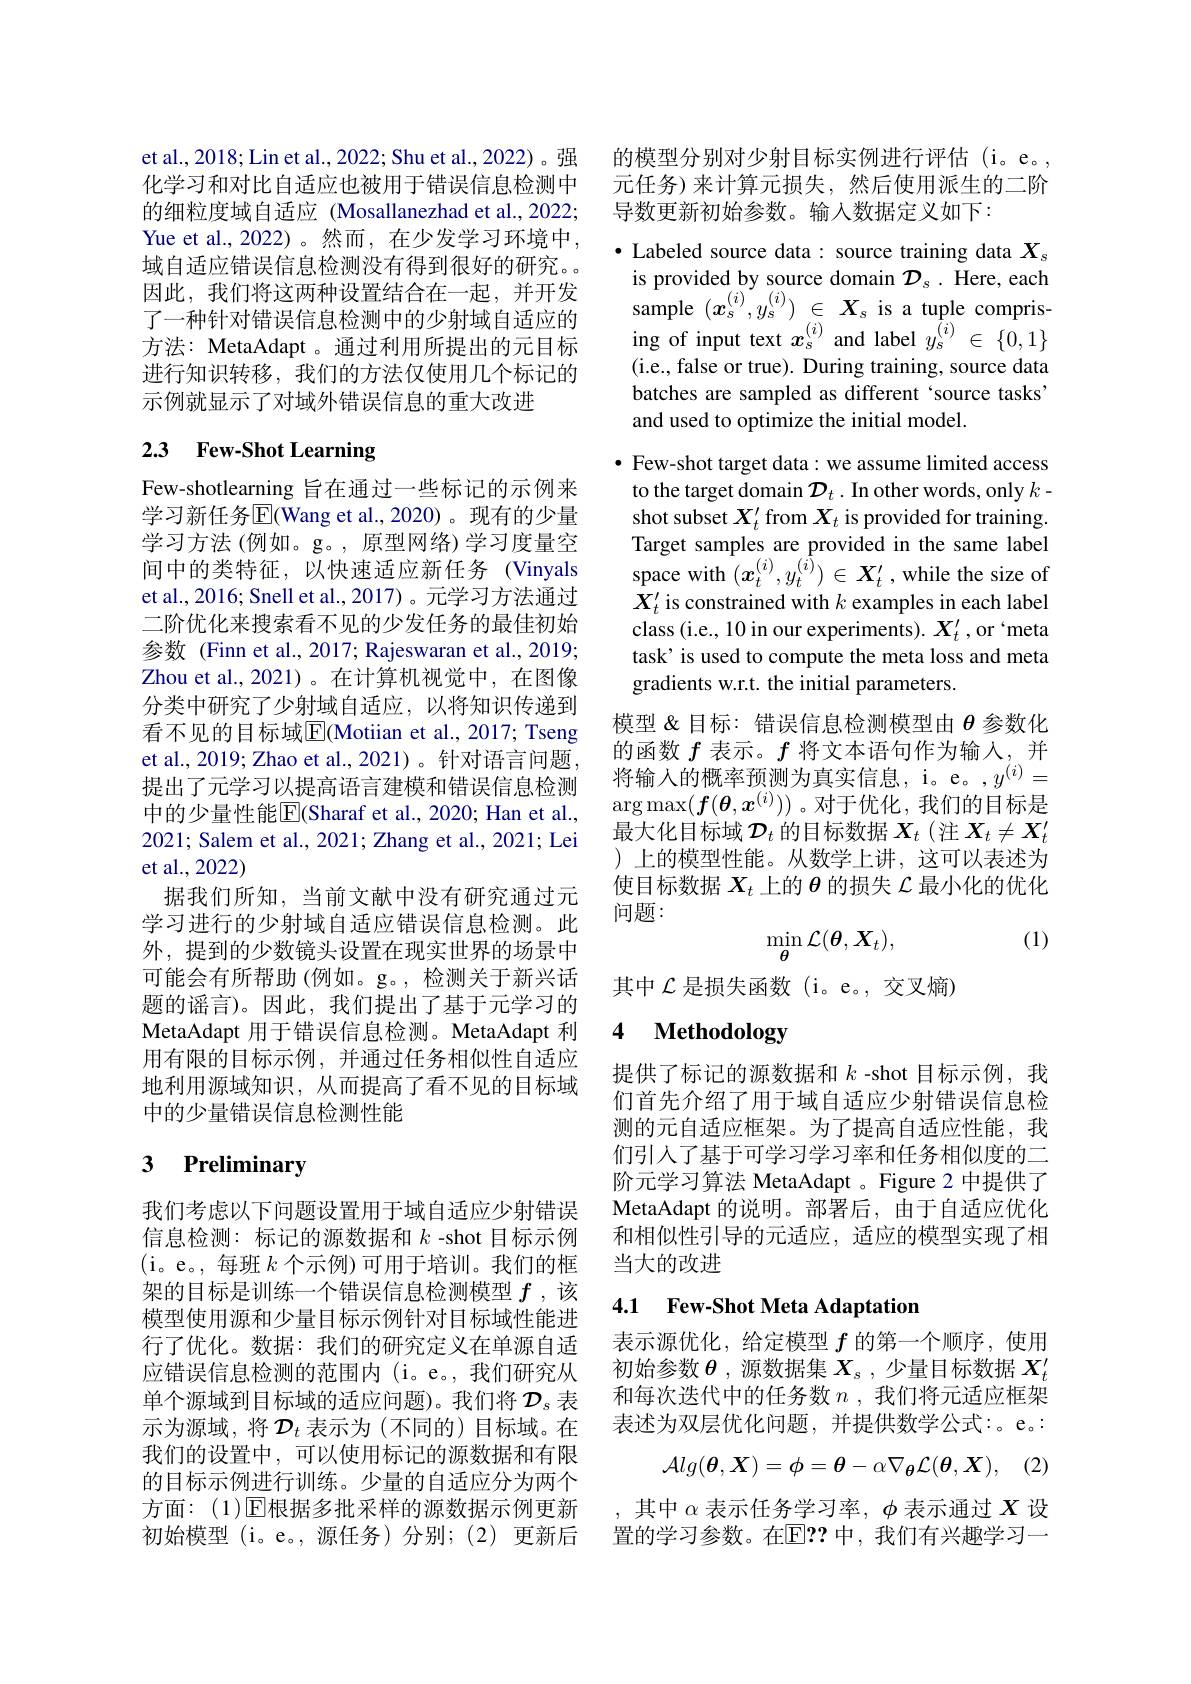
et al., 2018; Lin et al., 2022; Shu et al., 2022)。强化学习和对比自适应也被用于错误信息检测中的细粒度域自适应 (Mosallanezhad et al., 2022; Yue et al., 2022)。然而，在少发学习环境中， 域自适应错误信息检测没有得到很好的研究。因此，我们将这两种设置结合在一起，并开发了一种针对错误信息检测中的少射域自适应的方法：MetaAdapt 。通过利用所提出的元目标进行知识转移，我们的方法仅使用几个标记的示例就显示了对域外错误信息的重大改进

# 2.3 Few-Shot Learning

Few-shotlearning 旨在通过一些标记的示例来学习新任务$\overline{\mathrm{E}}($Wang et al.,2020)。现有的少量学习方法(例如。g。,原型网络)学习度量空间中的类特征，以快速适应新任务(Vinyals et al., 2016; Snell et al., 2017)。元学习方法通过二阶优化来搜索看不见的少发任务的最佳初始参数 (Finn et al., 2017; Rajeswaran et al., 2019; Zhou et al.,2021)。在计算机视觉中，在图像分类中研究了少射域自适应，以将知识传递到看不见的目标域$\overline{\mathrm{E}}$(Motiian et al., 2017; Tseng et al., 2019; Zhao et al., 2021)。针对语言问题， 提出了元学习以提高语言建模和错误信息检测中的少量性能|El(Sharaf et al., 2020; Han et al., 2021; Salem et al., 2021; Zhang et al., 2021; Lei et al.,2022)
据我们所知，当前文献中没有研究通过元学习进行的少射域自适应错误信息检测。此外，提到的少数镜头设置在现实世界的场景中可能会有所帮助(例如。g。,检测关于新兴话题的谣言)。因此，我们提出了基于元学习的MetaAdapt 用于错误信息检测。MetaAdapt 利用有限的目标示例，并通过任务相似性自适应地利用源域知识，从而提高了看不见的目标域中的少量错误信息检测性能

# 3 Preliminary

我们考虑以下问题设置用于域自适应少射错误信息检测：标记的源数据和$k$ -shot 目标示例(i。e。,每班$k$个示例)可用于培训。我们的框架的目标是训练一个错误信息检测模型$f$ ,该模型使用源和少量目标示例针对目标域性能进行了优化。数据：我们的研究定义在单源自适应错误信息检测的范围内(i。e。,我们研究从单个源域到目标域的适应问题)。我们将$\mathcal{D}_s$表示为源域，将$\mathcal{D}_t$ 表示为(不同的)目标域。在我们的设置中，可以使用标记的源数据和有限的目标示例进行训练。少量的自适应分为两个方面：(1)[E]根据多批采样的源数据示例更新初始模型(i。e。,源任务)分别；(2)更新后

的模型分别对少射目标实例进行评估 (i。e。, 元任务)来计算元损失，然后使用派生的二阶导数更新初始参数。输入数据定义如下：

· Labeled source data : source training data $X_s$ is provided by source domain $\mathcal{D}_s.$ Here, each sample $( x_{s}^{( i) }, y_{s}^{( i) })$ $\in$ $X_{s}$ is a tuple comprising of input text $x_s^{(i)}$ and label $y_s^{\bar{(}i)}\in\{0,1\}$ (i.e., false or true). During training, source data batches are sampled as different`source tasks" and used to optimize the initial model.

$\bullet$ Few-shot target data: we assume limited access to the target domain $\mathcal{D}_t.$ In other words, only $k-$ shot subset $X_t^{\prime}$ from $X_t$ is provided for training. Target samples are provided in the same label space with $(x_{t}^{(i)},y_{t}^{(i)})\in X_{t}^{\prime}$ , while the size of $X_t^{\prime}$ is constrained with $k$ examples in each label class (i.e., 10 in our experiments). $X_t^{\prime}$, or `meta task' is used to compute the meta loss and meta gradients w.r.t. the initial parameters.
模型&目标：错误信息检测模型由$\theta$参数化的函数$f$表示。$f$将文本语句作为输入，并将输入的概率预测为真实信息，i。e。$y^{(i)}=$ $\arg\max(\boldsymbol{f}(\boldsymbol{\theta},\boldsymbol{x}^{(i)}))$。对于优化，我们的目标是最大化目标域$\mathcal{D}_t$的目标数据$\boldsymbol X_t$ (注$\boldsymbol X_t\neq\boldsymbol X_t^\prime$ )上的模型性能。从数学上讲，这可以表述为使目标数据$X_t$上的$\theta$的损失$\mathcal{L}$最小化的优化问题：
(1)
$$\min_{\boldsymbol{\theta}}\mathcal{L}(\boldsymbol{\theta},\boldsymbol{X}_t),$$
其中$\mathcal{L}$是损失函数(i。e。,交叉熵)

# 4 Methodology

提供了标记的源数据和$k$ -shot 目标示例，我们首先介绍了用于域自适应少射错误信息检测的元自适应框架。为了提高自适应性能，我们引入了基于可学习学习率和任务相似度的二阶元学习算法 MetaAdapt 。Figure 2 中提供了MetaAdapt 的说明。部署后，由于自适应优化和相似性引导的元适应，适应的模型实现了相当大的改进

### 4.1 Few-Shot Meta Adaptation

表示源优化，给定模型$f$的第一个顺序，使用初始参数$\theta$ ,源数据集$X_s$ ,少量目标数据$X_t^{\prime}$ 和每次迭代中的任务数$n$ ,我们将元适应框架表述为双层优化问题，并提供数学公式：。e。:
$$\mathcal{Alg}(\boldsymbol{\theta},\boldsymbol{X})=\phi=\boldsymbol{\theta}-\alpha\nabla_{\boldsymbol{\theta}}\mathcal{L}(\boldsymbol{\theta},\boldsymbol{X}),$$
,其中$\alpha$表示任务学习率$,\phi$表示通过$X$设置的学习参数。在$\mathbb{E}??$ 中，我们有兴趣学习一